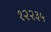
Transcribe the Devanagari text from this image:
१२२३५